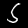
Label: 5